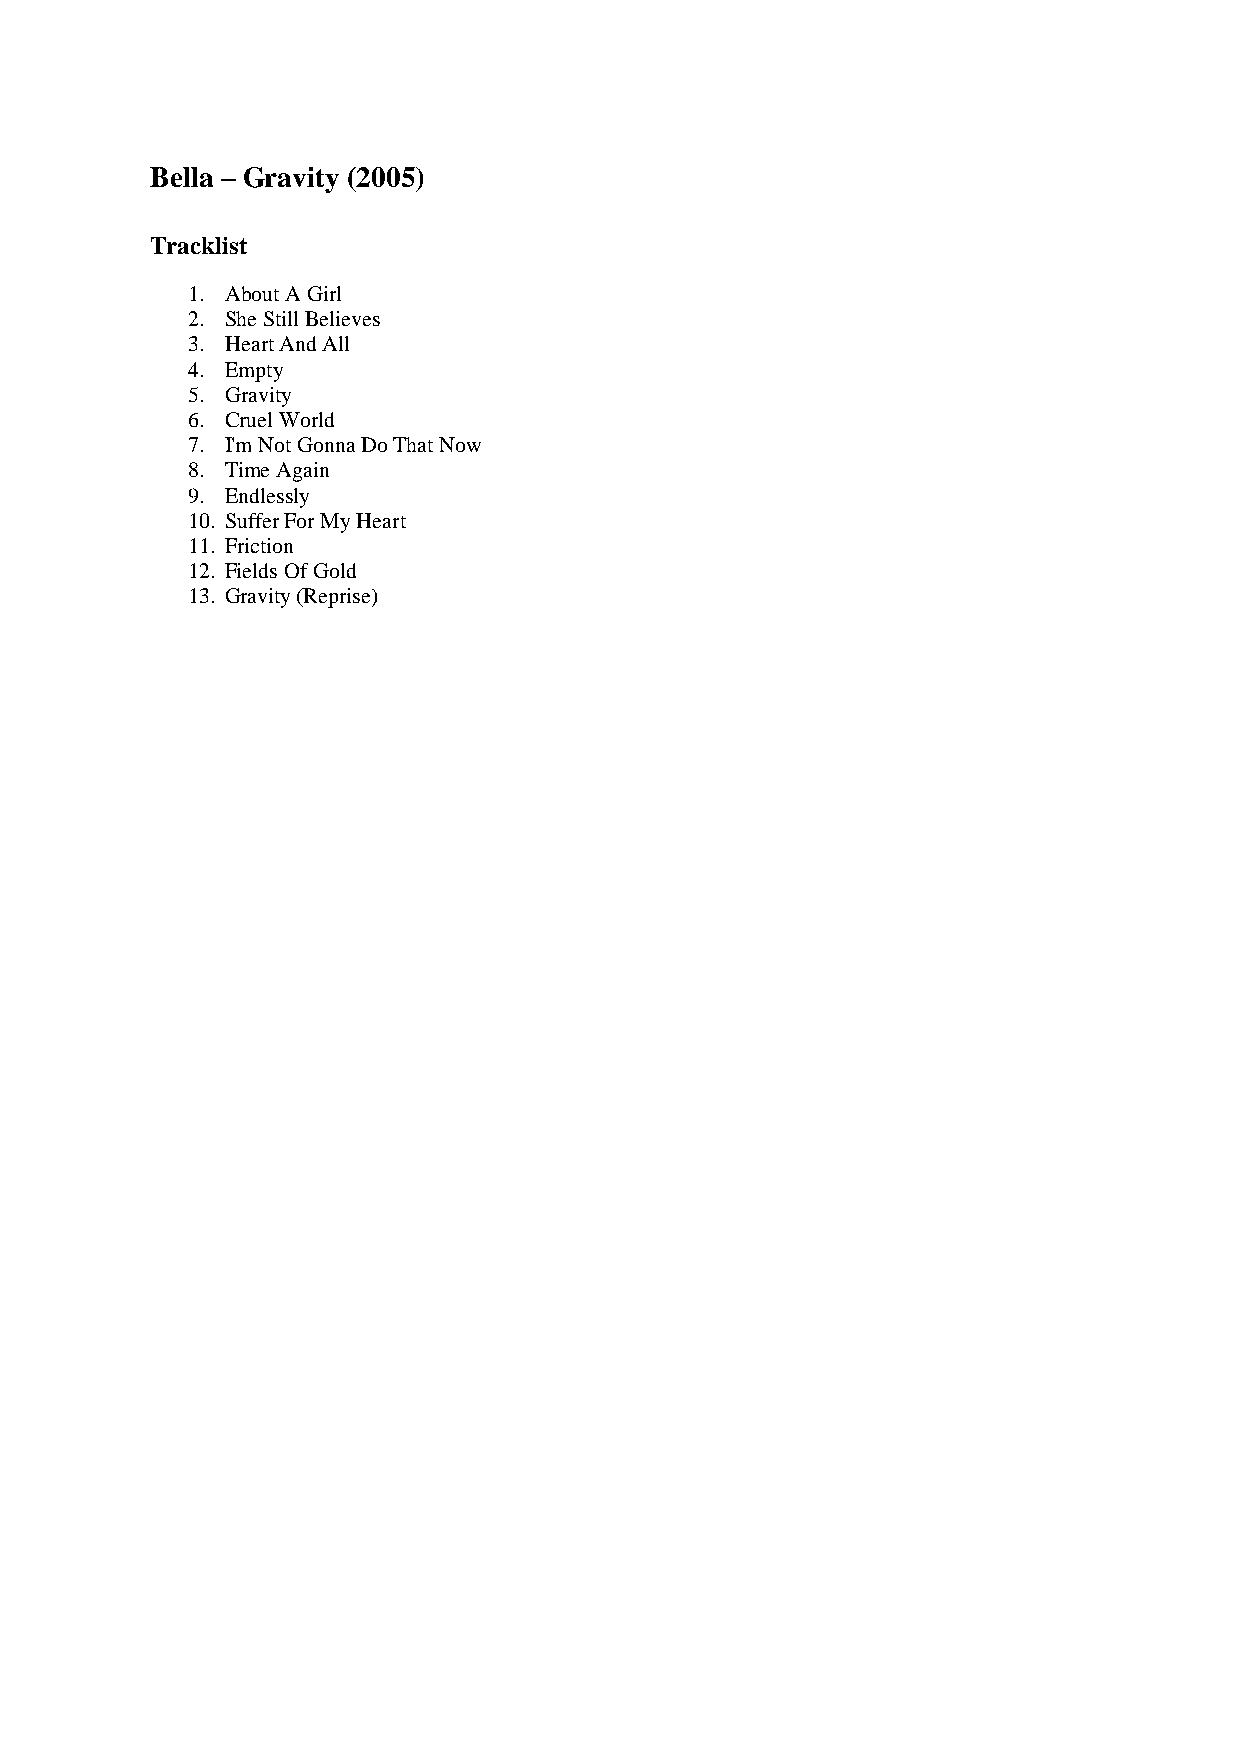
Bella – Gravity (2005)
 Tracklist
 1. About A Girl
 2. She Still Believes
 3. Heart And All
 4. Empty
 5. Gravity
 6. Cruel World
 7. I'm Not Gonna Do That Now
 8. Time Again
 9. Endlessly
 10. Suffer For My Heart
 11. Friction
 12. Fields Of Gold
 13. Gravity (Reprise)